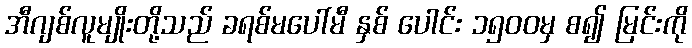
အီဂျစ်လူမျိုးတို့သည် ခရစ်မပေါ်မီ နှစ် ပေါင်း ၁၅၀၀မှ စ၍ မြင်းကို